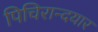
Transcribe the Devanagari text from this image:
पिचिरान्दयार